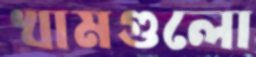
খামগুলো